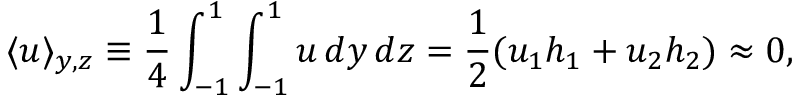
\langle u \rangle _ { y , z } \equiv \frac { 1 } { 4 } \int _ { - 1 } ^ { 1 } \int _ { - 1 } ^ { 1 } u \, d y \, d z = \frac { 1 } { 2 } ( u _ { 1 } h _ { 1 } + u _ { 2 } h _ { 2 } ) \approx 0 ,